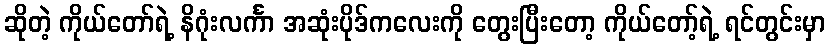
ဆိုတဲ့ ကိုယ်တော်ရဲ့ နိဂုံးလင်္ကာ အဆုံးပိုဒ်ကလေးကို တွေးပြီးတော့ ကိုယ်တော့်ရဲ့ ရင်တွင်းမှာ